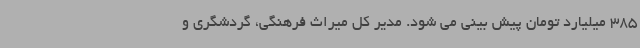
385 میلیارد تومان پیش بینی می شود. مدیر کل میراث فرهنگی، گردشگری و